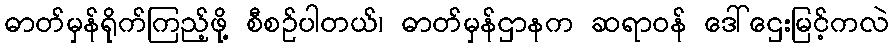
ဓာတ်မှန်ရိုက်ကြည့်ဖို့ စီစဉ်ပါတယ်၊ ဓာတ်မှန်ဌာနက ဆရာဝန် ဒေါ်ဌေးမြင့်ကလဲ